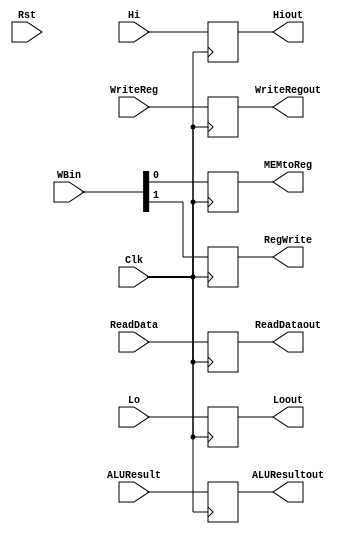
`timescale 1ns / 1ps
//////////////////////////////////////////////////////////////////////////////////
// Company: 
// Engineer: 
// 
// Design Name: 
// Module Name: MEM_WB_REG
// Project Name: 
// Target Devices: 
// Tool Versions: 
// Description: 
// 
// Dependencies: 
// 
// Revision:
// Revision 0.01 - File Created
// Additional Comments:
// 
//////////////////////////////////////////////////////////////////////////////////


module MEM_WB_REG(Rst, Clk, WBin, ReadData, ALUResult, WriteReg, MEMtoReg, RegWrite, ReadDataout, ALUResultout, WriteRegout, Lo, Hi, Loout, Hiout);
  input Rst, Clk;
  input [1:0] WBin;
  input [31:0] ReadData, ALUResult, Lo, Hi;
  input [4:0] WriteReg;
  
  output reg MEMtoReg, RegWrite;
  output reg [31:0] ReadDataout, ALUResultout, Loout, Hiout;
  output reg [4:0] WriteRegout;
  
  
  always @(posedge Clk) begin
    MEMtoReg <= WBin[0];
    RegWrite <= WBin[1];
    ReadDataout <= ReadData;
    ALUResultout <= ALUResult;
    WriteRegout <= WriteReg;
    Loout <= Lo;
    Hiout <= Hi;
  end


endmodule